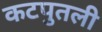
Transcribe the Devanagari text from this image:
कटपुतली